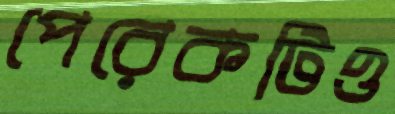
পেরেকটিও